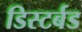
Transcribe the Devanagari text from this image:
डिस्टर्बड